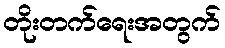
တိုးတက်ရေးအတွက်